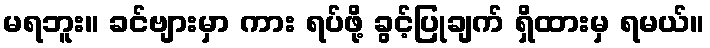
မရဘူး။ ခင်ဗျားမှာ ကား ရပ်ဖို့ ခွင့်ပြုချက် ရှိထားမှ ရမယ်။